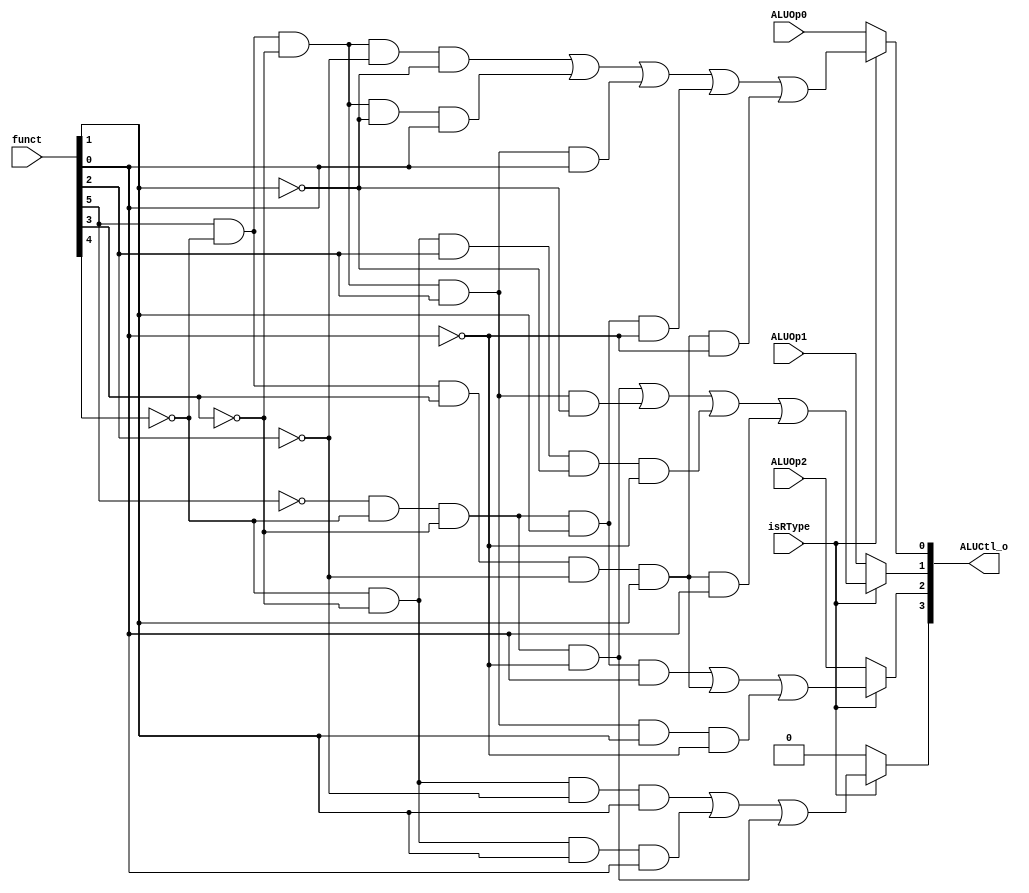
module ALUControl(isRType,ALUOp2,ALUOp1,ALUOp0,funct,ALUCtl_o);
  input ALUOp2;
  input ALUOp1;
  input ALUOp0;
  
  input isRType;
  input[5:0] funct;
  output[3:0] ALUCtl_o;
  
  wire[5:0] f;
  wire[2:0] ALUOp;
  
  assign f=funct;
  assign ALUOp={ALUOp2,ALUOp1,ALUOp0};
  
  
  assign ALUCtl_o[3]=isRType?
                    ((!f[4]&!f[3]&!f[2]&f[1])|
                     (!f[4]&!f[3]&f[1]&f[0])|
                     (!f[5]&!f[4]&!f[3]&!f[0])
                     ):0;
  
  assign ALUCtl_o[2]=isRType?
                  ( (!f[5]&!f[4]&!f[3]&f[1]&f[0])|
                    (f[5]&!f[4]&f[3]&!f[2]&f[1])|
                    (f[5]&!f[4]&!f[3]&f[2]&f[1]&!f[0])):ALUOp[2];
  assign ALUCtl_o[1]=isRType?
                    ((!f[5]&!f[4]&!f[3]&!f[0])|
                     (f[5]&!f[4]&!f[3]&f[2]&!f[1])|
                     (!f[4]&!f[3]&f[2]&!f[1]&!f[0])|
                     (f[5]&!f[4]&f[3]&!f[2]&f[1]&f[0])):ALUOp[1];
  assign ALUCtl_o[0]=isRType?
                    ((f[5]&!f[4]&!f[3]&!f[2]&!f[1])|
                    (f[5]&!f[4]&!f[3]&!f[1]&f[0])|
                    (f[5]&!f[4]&!f[3]&f[2]&f[0])|
                    (!f[5]&!f[4]&!f[3]&f[1]&!f[0])|
                    (f[5]&!f[4]&f[3]&!f[2]&f[1]&!f[0])):ALUOp[0];
  
  
endmodule
//has been reformed.